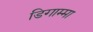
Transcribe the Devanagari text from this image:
डिगाम्मा